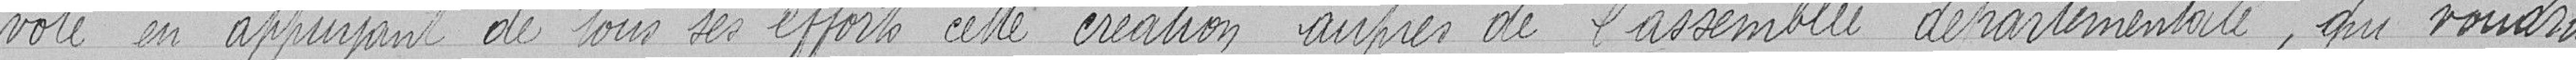
cote en appuyant de tous ses efforts cette création auprès de l'assemblée départementale, qui voudra